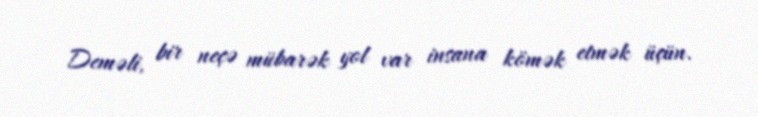
Deməli, bir neçə mübarək yol var insana kömək etmək üçün.